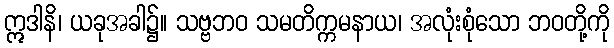
ဣဒါနိ၊ ယခုအခါ၌။ သဗ္ဗဘဝ သမတိက္ကမနာယ၊ အလုံးစုံသော ဘဝတို့ကို